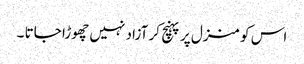
اس کو منزل پر پہنچ کر آزاد نہیں چھوڑا جاتا ۔